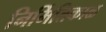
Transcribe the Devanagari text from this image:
निर्मितिकाळ